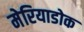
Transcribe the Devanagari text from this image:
मेरियाडोक